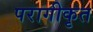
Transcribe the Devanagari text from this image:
परागीकृत